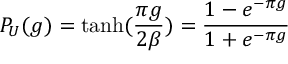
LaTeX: P _ { U } ( g ) = \operatorname { t a n h } ( { \frac { \pi g } { 2 \beta } } ) = \frac { 1 - e ^ { - \pi g } } { 1 + e ^ { - \pi g } }